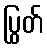
ပြွတ်